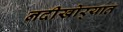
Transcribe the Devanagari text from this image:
नदीखोर्‍यात